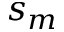
s _ { m }